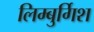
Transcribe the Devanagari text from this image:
लिम्बुर्गिश